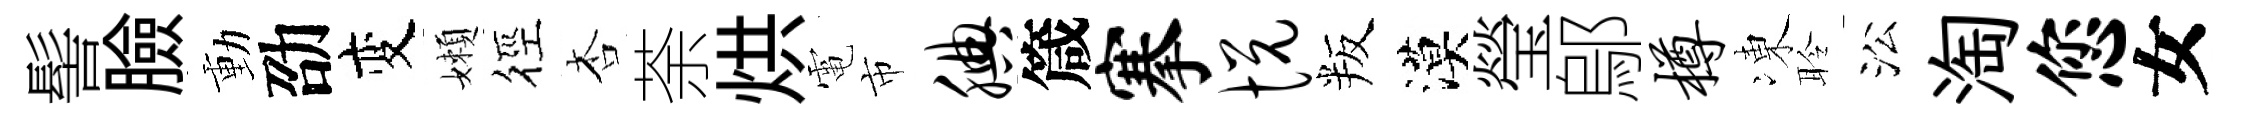
髻臉動劭变嬾徑杏荼烘電市腆箴搴悦叛漠瑩鄔樽凍聆㳂淘您女